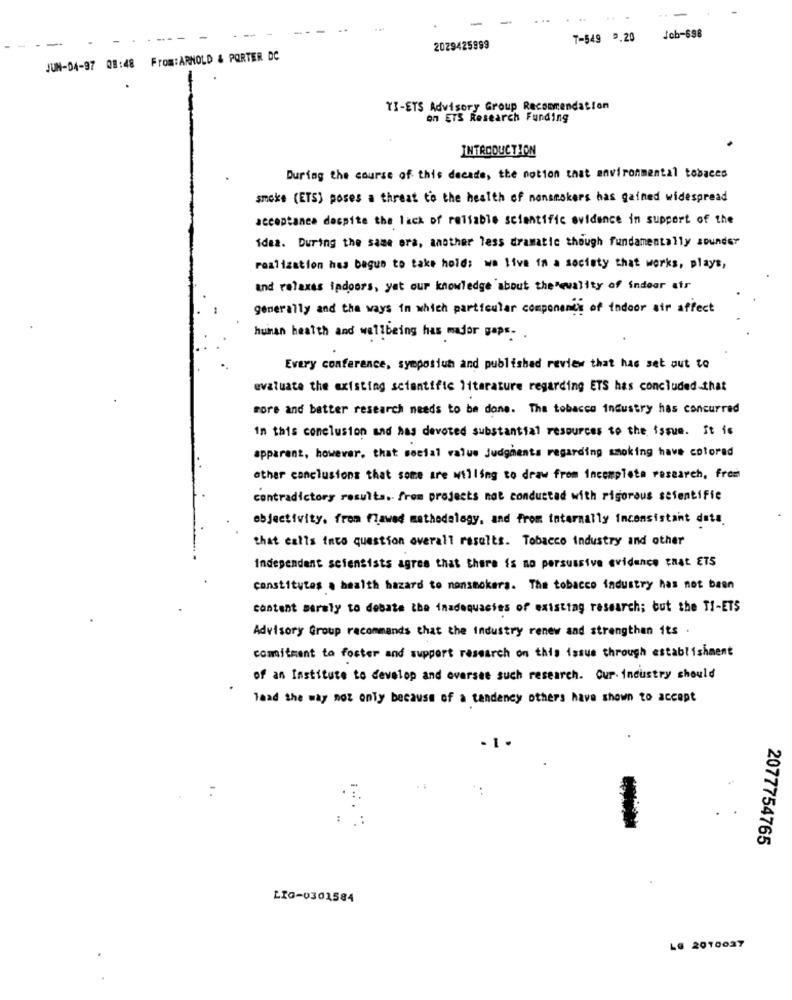
...
-
7-549 9.20
Job-698
2029425999
JUN-04-97 08:48 From: ARNOLD & PORTER DC
TI-ETS Advisory Group Recommendation
on ETS Research Funding
INTRODUCTION
During the course of this decade, the notion that environmental tobaces
smoke (ETS) poses a threat to the health of nonsmokers has gained widespread
acceptance despite the lack of reliable scientific evidence in support of the
idea. During the same era, another less dramatic though fundamentally sounder
realization has begun to take holds we live in a society that works, plays,
and relaxes iadoors, yat our knowledge about the ewality of indoor air
generally and the ways in which particular components of indoor air affect
huinan health and wellbeing has major gaps- .
Every conference, symposium and published review that has set out to
evaluate the existing scientific literature regarding ETS has concluded that
Fors and better research needs to be done. The tobacco industry has concurred
in this conclusion and has devoted substantial resources to the issue. It is
apparent, however, that social value Judgments regarding smoking have colorad
other conclusions that some are willing to draw from incomplete research, free
contradictory resulta. from projects nat conducted with rigorous scientific
objectivity, from flawed methodology, and from internally inconsistant dats.
that calls into question overall results. Tobacco industry and other
Independent scientists agree that there is no persuasive evidence CHAL ETS
constitutes . health hazard to nonsmokers. The tobacco industry has not been
content surely to debate the inadequacies of existing research; but the TI-ETS
Advisory Group recommends that the industry renew and strengthen its .
comitment to foster and support research on this issue through establishment
of an Institute to develop and oversee such research. Our- industry should
laad the way not only because of a tendency others have shown to accept
2077754765
LIG-0302584
LG 2010037